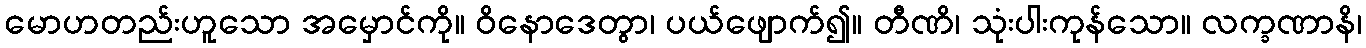
မောဟတည်းဟူသော အမှောင်ကို။ ဝိနောဒေတွာ၊ ပယ်ဖျောက်၍။ တီဏိ၊ သုံးပါးကုန်သော။ လက္ခဏာနိ၊